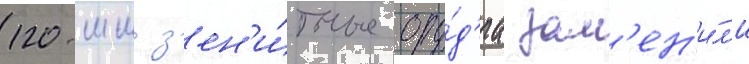
120-мм з'ен'и́тные ору́д'иа зам'ен'и́л'и